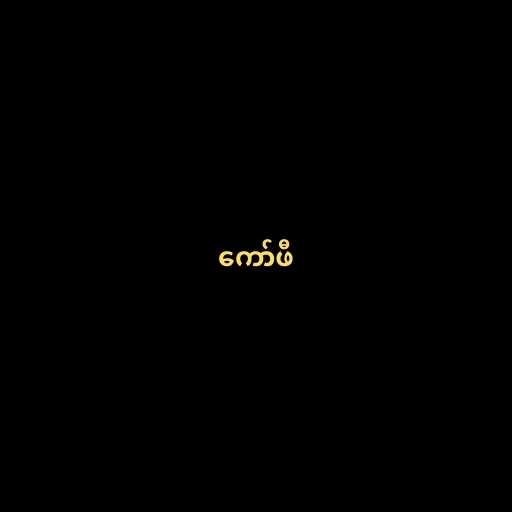
ကော်ဖီ